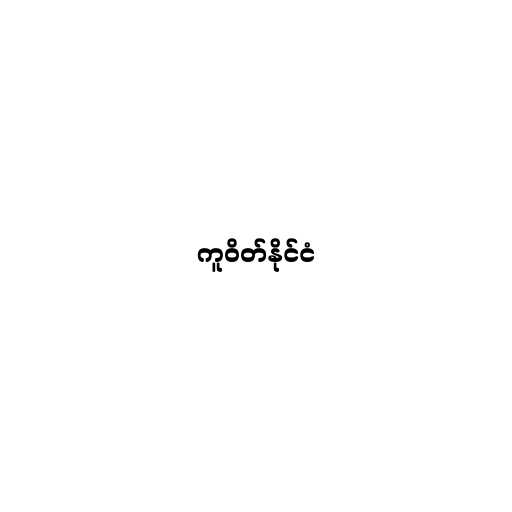
ကူဝိတ်နိုင်ငံ